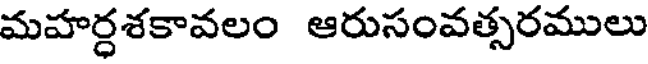
మహర్ధశకావలం ఆరుసంవత్సరములు